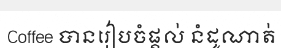
Coffee បានរៀបចំផ្តល់ នំដូណាត់